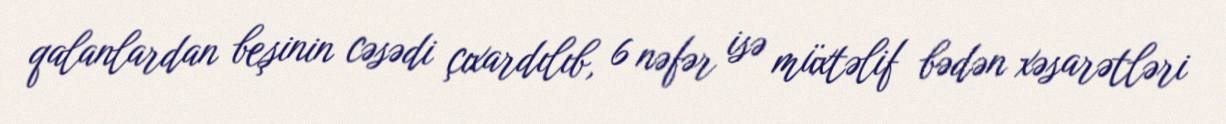
qalanlardan beşinin cəsədi çıxardılıb, 6 nəfər isə müxtəlif bədən xəsarətləri